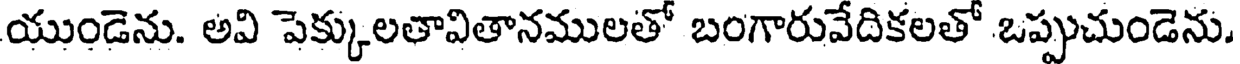
యుండెను. అవి పెక్కులతావితానములతో బంగారువేదికలతో ఒప్పుచుండెను.